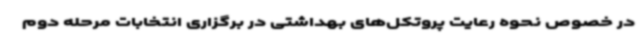
در خصوص نحوه رعایت پروتکل‌های بهداشتی در برگزاری انتخابات مرحله دوم